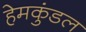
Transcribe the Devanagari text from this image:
हेमकुंडल